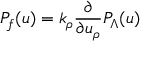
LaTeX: P _ { f } ( u ) = k _ { \rho } { \frac { \partial } { \partial u _ { \rho } } } P _ { \Lambda } ( u )